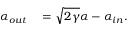
\begin{array} { r l } { \alpha _ { o u t } } & { { } = \sqrt { 2 \gamma } \alpha - \alpha _ { i n } . } \end{array}